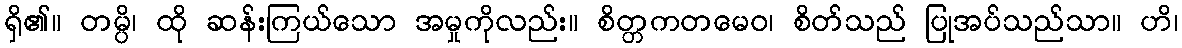
ရှိ၏။ တမ္ပိ၊ ထို ဆန်းကြယ်သော အမှုကိုလည်း။ စိတ္တကတမေဝ၊ စိတ်သည် ပြုအပ်သည်သာ။ ဟိ၊